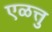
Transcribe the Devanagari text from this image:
एळत्तु